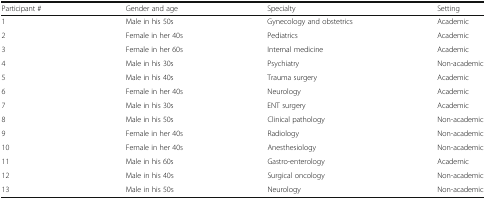
<table><thead><tr><td><b>Participant #</b></td><td><b>Gender and age</b></td><td><b>Specialty</b></td><td><b>Setting</b></td></tr></thead><tbody><tr><td>1</td><td>Male in his 50s</td><td>Gynecology and obstetrics</td><td>Academic</td></tr><tr><td>2</td><td>Female in her 40s</td><td>Pediatrics</td><td>Academic</td></tr><tr><td>3</td><td>Female in her 60s</td><td>Internal medicine</td><td>Academic</td></tr><tr><td>4</td><td>Male in his 30s</td><td>Psychiatry</td><td>Non-academic</td></tr><tr><td>5</td><td>Male in his 40s</td><td>Trauma surgery</td><td>Academic</td></tr><tr><td>6</td><td>Female in her 40s</td><td>Neurology</td><td>Academic</td></tr><tr><td>7</td><td>Male in his 30s</td><td>ENT surgery</td><td>Academic</td></tr><tr><td>8</td><td>Male in his 50s</td><td>Clinical pathology</td><td>Non-academic</td></tr><tr><td>9</td><td>Female in her 40s</td><td>Radiology</td><td>Non-academic</td></tr><tr><td>10</td><td>Female in her 40s</td><td>Anesthesiology</td><td>Non-academic</td></tr><tr><td>11</td><td>Male in his 60s</td><td>Gastro-enterology</td><td>Academic</td></tr><tr><td>12</td><td>Male in his 40s</td><td>Surgical oncology</td><td>Non-academic</td></tr><tr><td>13</td><td>Male in his 50s</td><td>Neurology</td><td>Non-academic</td></tr></tbody></table>